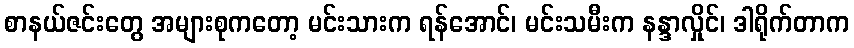
စာနယ်ဇင်းတွေ အများစုကတော့ မင်းသားက ရန်အောင်၊ မင်းသမီးက နန္ဒာလှိုင်၊ ဒါရိုက်တာက